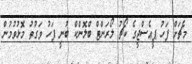
މެޗަށް ފަހު ޕީއެސްޖީގެ ކޯޗު ލޯރަންޓް ބްލޮންކް ބުނީ ފަހު ވަގުތު މޮޅުވުމުން